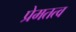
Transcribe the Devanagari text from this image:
प्रेमतत्व